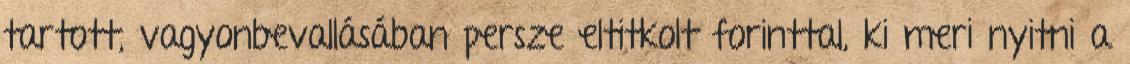
tartott, vagyonbevallásában persze eltitkolt forinttal, ki meri nyitni a